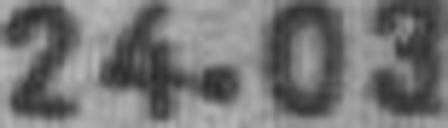
24.03